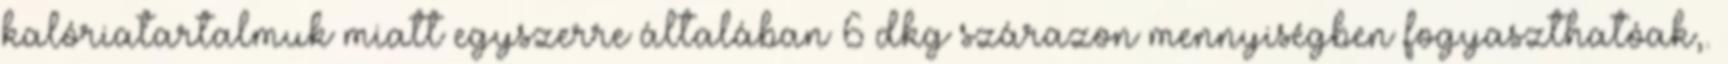
kalóriatartalmuk miatt egyszerre általában 6 dkg szárazon mennyiségben fogyaszthatóak,.